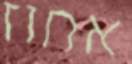
אחוז